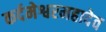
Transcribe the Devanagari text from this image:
कर्दमेश्वरमहादेव